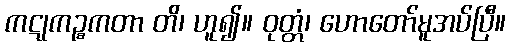
ကဋုကဉ္စကတာ တိ၊ ဟူ၍။ ဝုတ္တံ၊ ဟောတော်မူအပ်ပြီ။